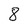
Character: 8